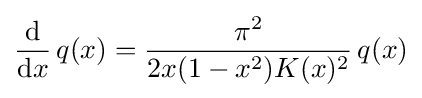
{\frac {\mathrm {d} }{\mathrm {d} x}}\,q(x)={\frac {\pi ^{2}}{2x(1-x^{2})K(x)^{2}}}\,q(x)